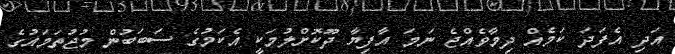
އަދި އެފަދަ ކަމެއް ދިމާވެއްޖެ ނަމަ އާފިޔާ ދޫކޮށްލުމަކީ އެކަމުގެ ސަބަބުން މުޖުތަމައުގެ